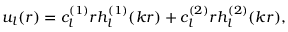
u _ { l } ( r ) = c _ { l } ^ { ( 1 ) } r h _ { l } ^ { ( 1 ) } ( k r ) + c _ { l } ^ { ( 2 ) } r h _ { l } ^ { ( 2 ) } ( k r ) ,